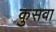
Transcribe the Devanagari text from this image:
कुसवा